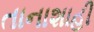
તાનાશાહી